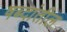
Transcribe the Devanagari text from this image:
षब्दांतील